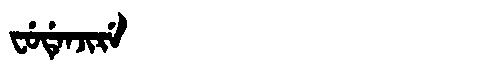
Manchu: ᠸᡠᡩᡝᠨᠵᡳᡵᡝ
Romanization: FUDENJIRE